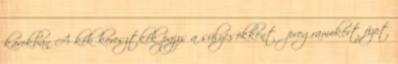
karokban A kék keresztkék pajzs a súlycsökkentő programokért fizet